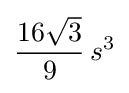
{\frac {16{\sqrt {3}}}{9}}\,s^{3}